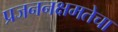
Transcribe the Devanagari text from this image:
प्रजननक्षमतेचा